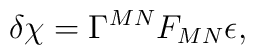
\delta \chi = \Gamma^{MN} F_{MN} \epsilon,